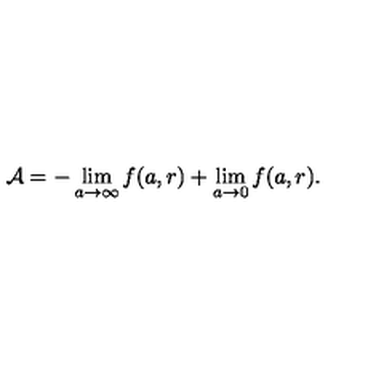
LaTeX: { \cal A } = - \lim _ { a \rightarrow \infty } f ( a , r ) + \lim _ { a \rightarrow 0 } f ( a , r ) .